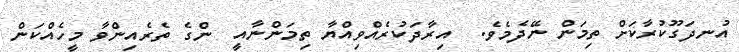
އުނދަގޫކުރާކަށް ތިމަން ނޭދެމެވެ.  އިރާދަކުރެއްވިއްޔާ ތިމަންނާއީ  ންގެ ތެރެއިންވާ މީހެއްކަން